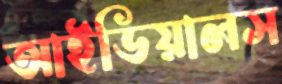
আইডিয়ালস